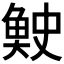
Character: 𫙓